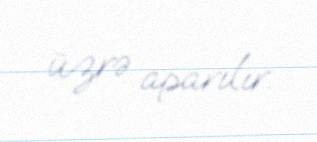
üzrə aparılır.